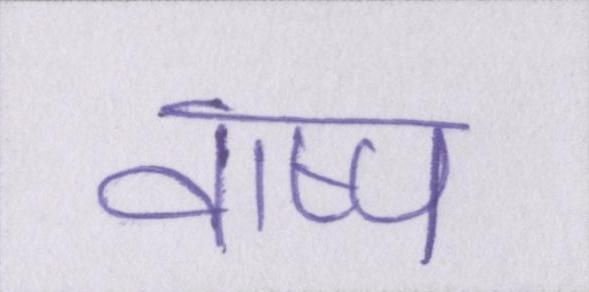
वाष्प